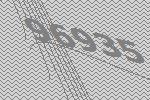
96935